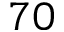
7 0